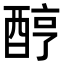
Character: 𨠺